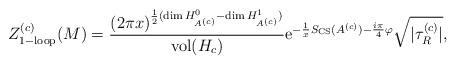
LaTeX: \begin{align*} Z^{(c)}_{\rm 1-loop}(M)= { (2 \pi x)^{ {1\over2}({\rm dim}\, H^0_{A^{(c)}} - {\rm dim}\, H^1_{A^{(c)}} )} \over{\rm vol} (H_c)} {\rm e}^{-{1 \over x} S_{\rm CS}(A^{(c)}) -{i \pi\over 4}\varphi} {\sqrt {| \tau^{(c)}_R|}},\end{align*}